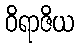
ဝိရာဇိယ